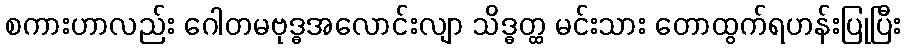
စကားဟာလည်း ဂေါတမဗုဒ္ဓအလောင်းလျာ သိဒ္ဓတ္ထ မင်းသား တောထွက်ရဟန်းပြုပြီး